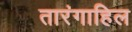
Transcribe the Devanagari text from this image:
तारंगाहिल